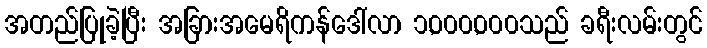
အတည်ပြုခဲ့ပြီး အခြားအမေရိကန်ဒေါ်လာ ၁,၀၀၀,၀၀၀သည် ခရီးလမ်းတွင်